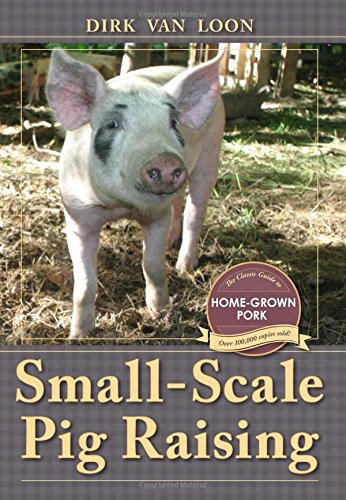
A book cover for Small-Scale Pig Raising; Dirk van Loon; Cookbooks, Food & Wine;